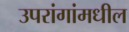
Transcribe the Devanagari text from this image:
उपरांगांमधील